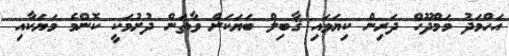
އަހްމަދު މަމްދޫހް ދަރިން ކިޔަވައި ޤާބިލް ބަޔަކަށް ވާތަން ދުށުމަކީ ކޮންމެ މަޔަކާއި